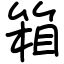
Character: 箱